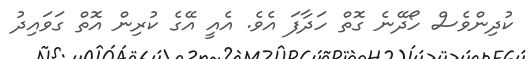
ކުދިންވެސް ހޯދޭނެ ގޮތް ހަދާފަ އެވެ. އެއީ އޭގެ ކުރިން އޮތް ގަވައިދު